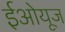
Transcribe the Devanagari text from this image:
ईओयूज